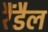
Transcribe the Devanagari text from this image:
रैंडैल